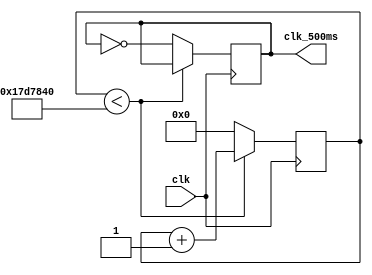
`timescale 1ns / 1ps
//////////////////////////////////////////////////////////////////////////////////
// Company: 
// Engineer: 
// 
// Design Name: 
// Module Name:    counter_1s 
// Project Name: 
// Target Devices: 
// Tool versions: 
// Description: 
//
// Dependencies: 
//
// Revision: 
// Revision 0.01 - File Created
// Additional Comments: 
//
//////////////////////////////////////////////////////////////////////////////////
module counter_500ms(clk, clk_500ms); 
input wire clk; 
output reg clk_500ms; 
reg [31:0] cnt; 
always @ (posedge clk) begin    
if (cnt < 25_000_000) begin        
cnt <= cnt + 1;    
end 
else begin        
cnt <= 0;        
clk_500ms <= ~clk_500ms;    
end 
end 
endmodule